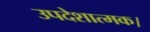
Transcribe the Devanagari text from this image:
उपदेशात्मक।